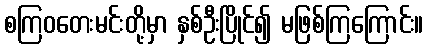
စကြဝတေးမင်းတို့မှာ နှစ်ဦးပြိုင်၍ မဖြစ်ကြကြောင်း။